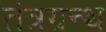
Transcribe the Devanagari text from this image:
तंत्रग्रन्थ